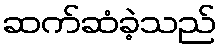
ဆက်ဆံခဲ့သည်